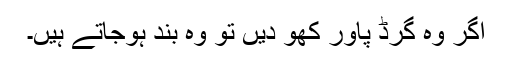
اگر وہ گرڈ پاور کھو دیں تو وہ بند ہوجاتے ہیں۔